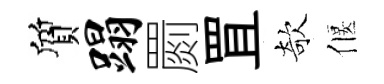
質蹋罽罝欹偃